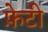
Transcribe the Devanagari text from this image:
फ़ेटी